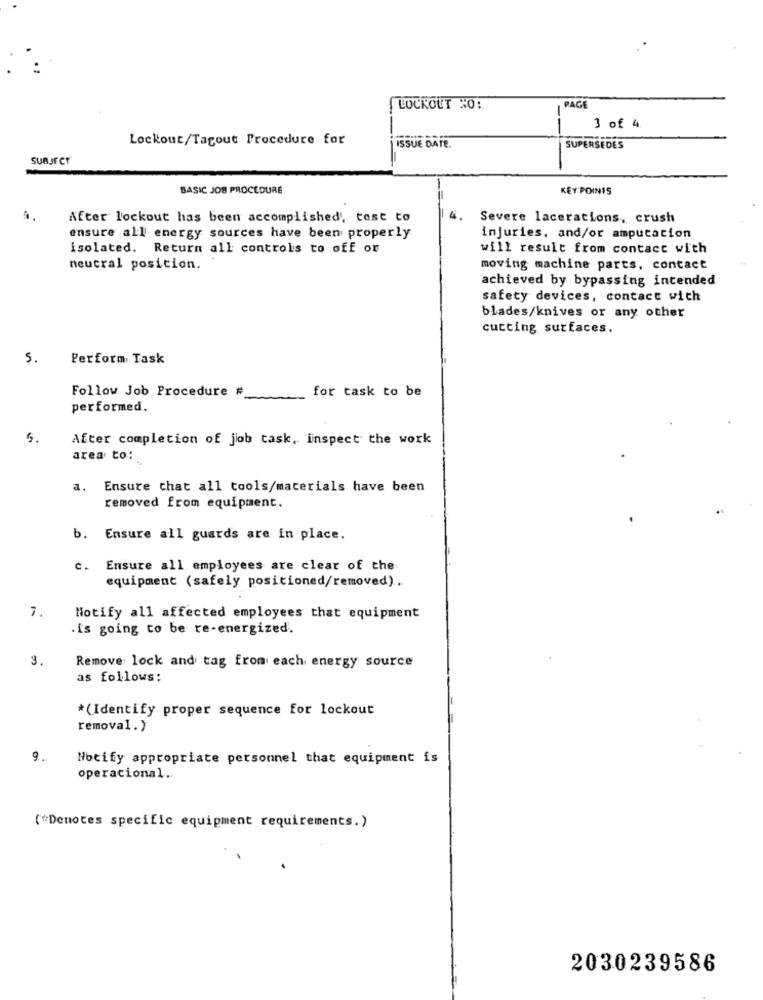
LOCKOUT NO:
PAGE
3 of 4.
Lockout/Tagout Procedure for
ISSUE DATE.
SUPERSEDES
suBuFer
BASIC JOB PROCEDURE
KEY POINTS
After lockout has been accomplished', test to
4.
Severe lacerations, crush
ensure all energy sources have been properly
injuries, and/or amputation
isolated. Return all controls to off or
will result from contact with
neutral posicion.
moving machine parts, contact
achieved by bypassing intended.
safety devices, contact with
blades/knives or any other
cutting surfaces.
5.
Perform Task
Follow Job Procedure #
for task to be
performed.
5.
After completion of job task, inspect the work
area to:
a.
Ensure that all tools/materials have been
removed from equipment.
b. Ensure all guards are in place.
Ensure all employees are clear of the
equipment (safely positioned/removed).
7.
Notify all affected employees that equipment
.is going to be re-energized.
3.
Remove lock and tag from each energy source
as follows:
*(Identify proper sequence for lockout
removal. )
9.
Notify appropriate personnel that equipment is
operacional ..
(*Denotes specific equipment requirements.)
2030239586